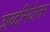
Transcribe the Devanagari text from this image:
शब्दनियोजन